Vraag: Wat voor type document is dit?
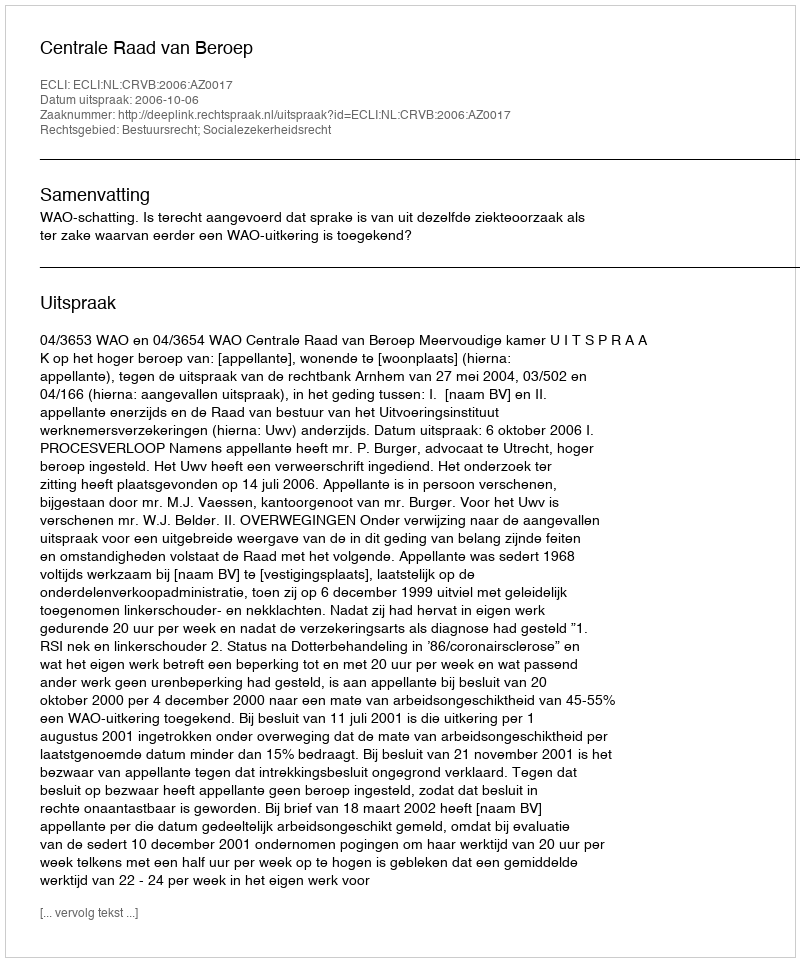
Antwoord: Uitspraak